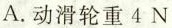
A.动滑轮重4N